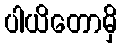
ပါယိတောမှိ